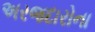
અરજદારોના